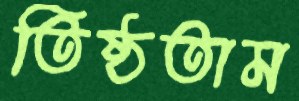
তিষ্ঠতাম